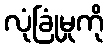
လုံခြုံမှုကို